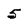
Character: 5